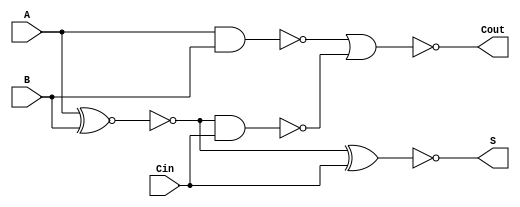
module NegativeCircuitFullAdder (
    input wire A,      // First input bit
    input wire B,      // Second input bit
    input wire Cin,    // Carry input bit
    output wire S,     // Sum output bit
    output wire Cout   // Carry output bit
);

// Internal signals for intermediate calculations
wire A_xor_B;        // A XOR B
wire A_and_B;        // A AND B
wire A_xor_B_and_Cin; // (A XOR B) AND Cin

// Calculate A XOR B
assign A_xor_B = ~(A ~^ B); // Using negative logic for XOR

// Calculate Sum (S)
assign S = ~(A_xor_B ^ Cin); // S = NOT((A XOR B) XOR Cin)

// Calculate Carry (Cout)
assign A_and_B = ~(A & B); // Using negative logic for AND
assign A_xor_B_and_Cin = ~(A_xor_B & Cin); // Using negative logic for AND
assign Cout = ~(A_and_B | A_xor_B_and_Cin); // Cout = NOT((A AND B) OR ((A XOR B) AND Cin))

endmodule